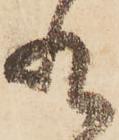
れ